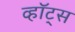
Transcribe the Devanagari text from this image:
व्हॉट्स